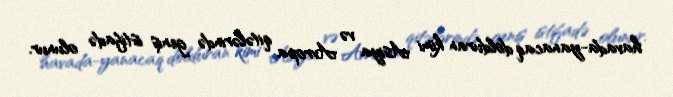
havada-yanacaq dolduran kimi Asiya və Avropa qitələrində geniş istifadə olunur.